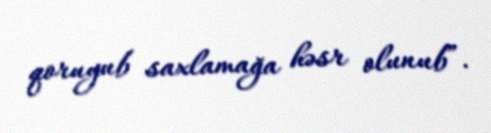
qoruyub saxlamağa həsr olunub”.